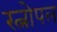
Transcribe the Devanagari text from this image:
रत्नोपल